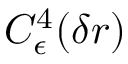
C _ { \epsilon } ^ { 4 } ( \delta r )